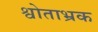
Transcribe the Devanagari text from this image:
श्वोताभ्रक